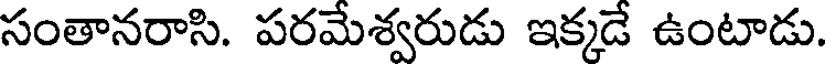
సంతానరాసి. పరమేశ్వరుడు ఇక్కడే ఉంటాడు.